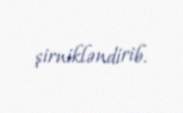
şirnikləndirib.